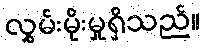
လွှမ်းမိုးမှုရှိသည်။